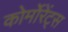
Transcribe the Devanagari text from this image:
कोर्मोरेंट्स